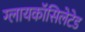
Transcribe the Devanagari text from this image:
ग्लायकॉसिलेटेड